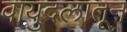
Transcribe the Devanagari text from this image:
वायुदलातून